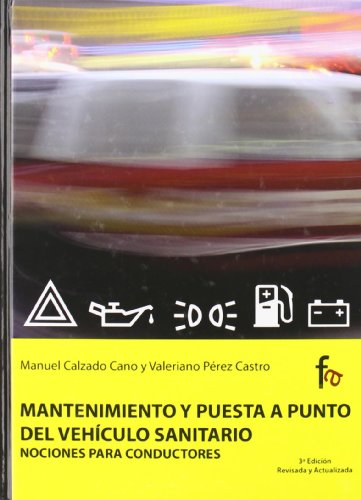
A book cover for Mantenimiento y puesta a punto del vehiculo sanitario-3Âº edicion (Spanish Edition); Manuel Calzado Cano; Medical Books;